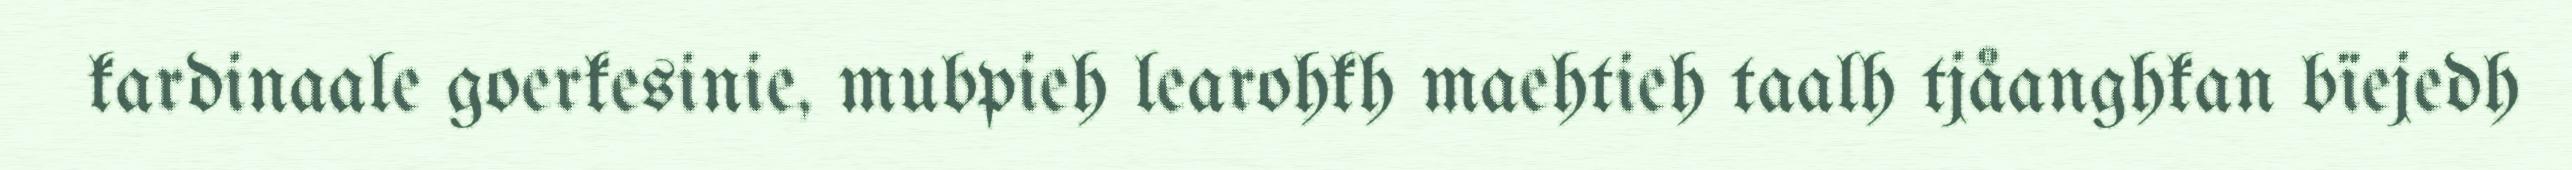
kardinaale goerkesinie, mubpieh learohkh maehtieh taalh tjåanghkan bïejedh